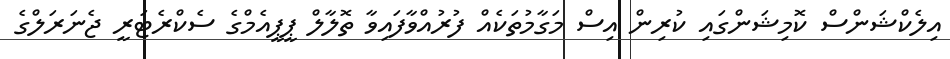
އިލެކްޝަންސް ކޮމިޝަންގައި ކުރިން އިސް މަގާމުތަކެއް ފުުރުއްވާފައިވާ ތޮލާލް ޕީޕީއެމްގެ ސެކްރެޓަރީ ޖެނަރަލްގެ